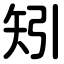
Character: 矧